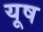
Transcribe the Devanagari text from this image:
यूष